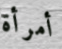
أمرأة